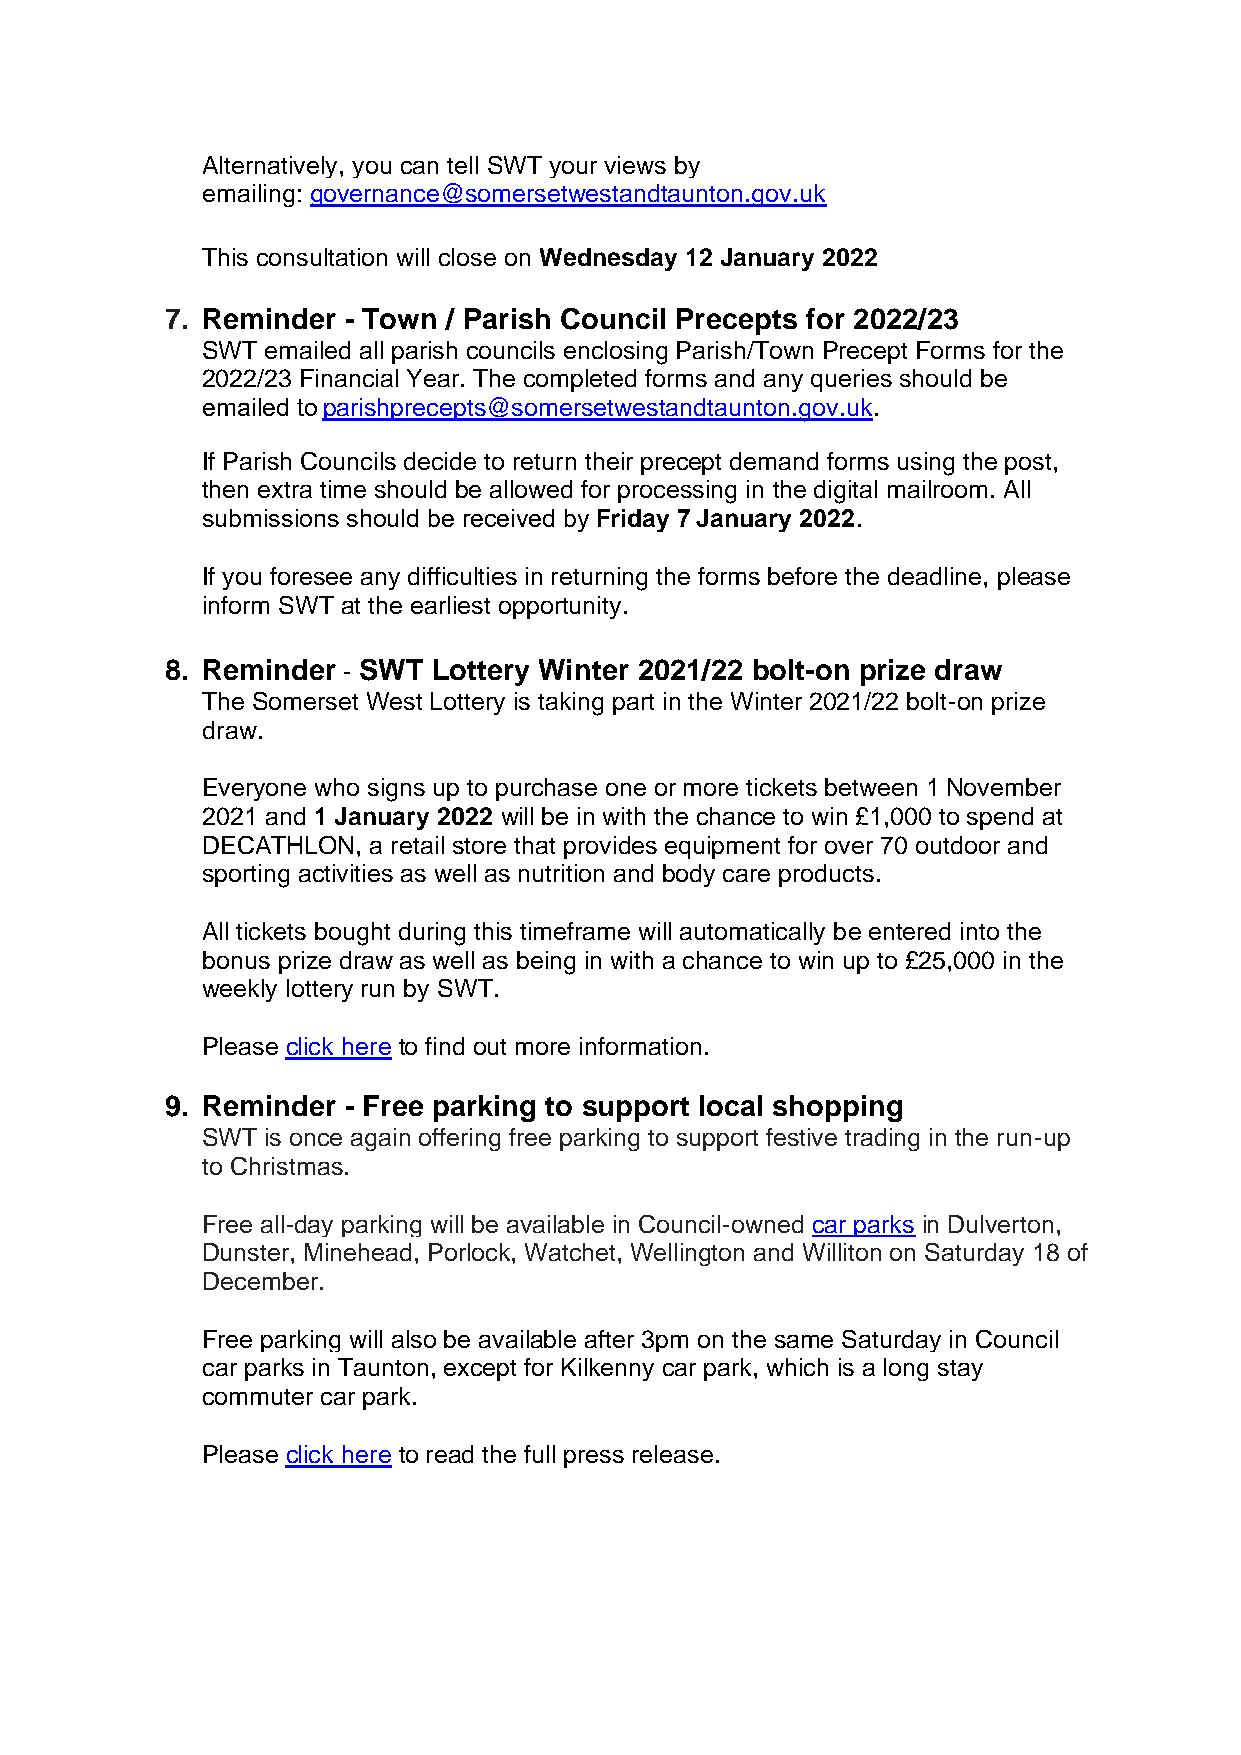
Alternatively, you can tell SWT your views by
 emailing: governance@somersetwestandtaunton.gov.uk
 This consultation will close on Wednesday 12 January 2022
 7. Reminder - Town / Parish Council Precepts for 2022/23
 SWT  emailed all parish councils enclosing Parish/Town Precept Forms for the
 2022/23 Financial Year. The completed forms and any queries should be
 emailed to parishprecepts@somersetwestandtaunton.gov.uk.
 If Parish Councils decide to return their precept demand forms using the post,
 then extra time should be allowed for processing in the digital mailroom. All
 submissions should be received by Friday 7 January 2022.
 If you foresee any difficulties in returning the forms before the deadline, please
 inform SWT at the earliest opportunity.
 8. Reminder - SWT Lottery Winter 2021/22 bolt-on prize draw
 The Somerset West Lottery is taking part in the Winter 2021/22 bolt-on prize
 draw.
 Everyone who signs up to purchase one or more tickets between 1 November
 2021 and 1 January 2022 will be in with the chance to win £1,000 to spend at
 DECATHLON, a retail store that provides equipment for over 70 outdoor and
 sporting activities as well as nutrition and body care products.
 All tickets bought during this timeframe will automatically be entered into the
 bonus prize draw as well as being in with a chance to win up to £25,000 in the
 weekly lottery run by SWT.
 Please click here to find out more information.
 9. Reminder - Free parking to support local shopping
 SWT  is once again offering free parking to support festive trading in the run-up
 to Christmas.
 Free all-day parking will be available in Council-owned car parks in Dulverton,
 Dunster, Minehead, Porlock, Watchet, Wellington and Williton on Saturday 18 of
 December.
 Free parking will also be available after 3pm on the same Saturday in Council
 car parks in Taunton, except for Kilkenny car park, which is a long stay
 commuter car park.
 Please click here to read the full press release.